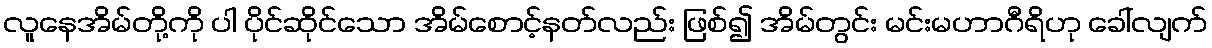
လူနေအိမ်တို့ကို ပါ ပိုင်ဆိုင်သော အိမ်စောင့်နတ်လည်း ဖြစ်၍ အိမ်တွင်း မင်းမဟာဂီရိဟု ခေါ်လျက်